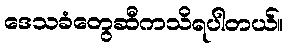
ဒေသခံတွေဆီကသိရပါတယ်။